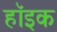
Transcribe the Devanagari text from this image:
हॉइक